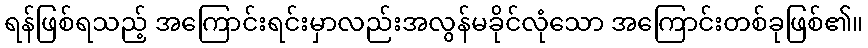
ရန်ဖြစ်ရသည့် အကြောင်းရင်းမှာလည်းအလွန်မခိုင်လုံသော အကြောင်းတစ်ခုဖြစ်၏။